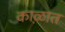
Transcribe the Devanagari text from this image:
का़ळात